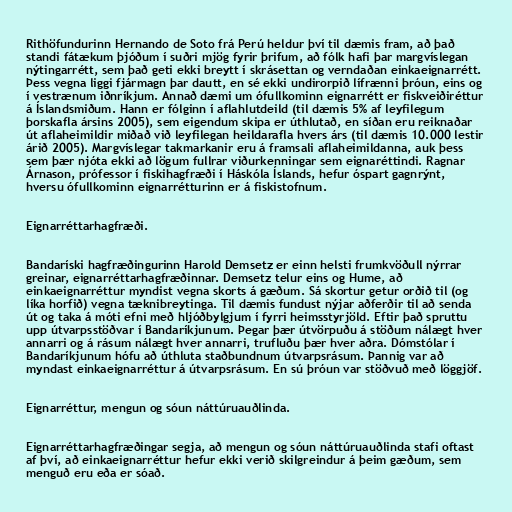
Rithöfundurinn Hernando de Soto frá Perú heldur því til dæmis fram, að það
standi fátækum þjóðum í suðri mjög fyrir þrifum, að fólk hafi þar margvíslegan
nýtingarrétt, sem það geti ekki breytt í skrásettan og verndaðan einkaeignarrétt.
Þess vegna liggi fjármagn þar dautt, en sé ekki undirorpið lífrænni þróun, eins og
í vestrænum iðnríkjum. Annað dæmi um ófullkominn eignarrétt er fiskveiðiréttur
á Íslandsmiðum. Hann er fólginn í aflahlutdeild (til dæmis 5% af leyfilegum
þorskafla ársins 2005), sem eigendum skipa er úthlutað, en síðan eru reiknaðar
út aflaheimildir miðað við leyfilegan heildarafla hvers árs (til dæmis 10.000 lestir
árið 2005). Margvíslegar takmarkanir eru á framsali aflaheimildanna, auk þess
sem þær njóta ekki að lögum fullrar viðurkenningar sem eignaréttindi. Ragnar
Árnason, prófessor í fiskihagfræði í Háskóla Íslands, hefur óspart gagnrýnt,
hversu ófullkominn eignarrétturinn er á fiskistofnum.

Eignarréttarhagfræði.

Bandaríski hagfræðingurinn Harold Demsetz er einn helsti frumkvöðull nýrrar
greinar, eignarréttarhagfræðinnar. Demsetz telur eins og Hume, að
einkaeignarréttur myndist vegna skorts á gæðum. Sá skortur getur orðið til (og
líka horfið) vegna tæknibreytinga. Til dæmis fundust nýjar aðferðir til að senda
út og taka á móti efni með hljóðbylgjum í fyrri heimsstyrjöld. Eftir það spruttu
upp útvarpsstöðvar í Bandaríkjunum. Þegar þær útvörpuðu á stöðum nálægt hver
annarri og á rásum nálægt hver annarri, trufluðu þær hver aðra. Dómstólar í
Bandaríkjunum hófu að úthluta staðbundnum útvarpsrásum. Þannig var að
myndast einkaeignarréttur á útvarpsrásum. En sú þróun var stöðvuð með löggjöf.

Eignarréttur, mengun og sóun náttúruauðlinda.

Eignarréttarhagfræðingar segja, að mengun og sóun náttúruauðlinda stafi oftast
af því, að einkaeignarréttur hefur ekki verið skilgreindur á þeim gæðum, sem
menguð eru eða er sóað.